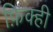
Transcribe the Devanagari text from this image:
फ़िक्ही